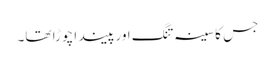
جس کا سینہ تنگ اور پیندا چوڑا تھا۔